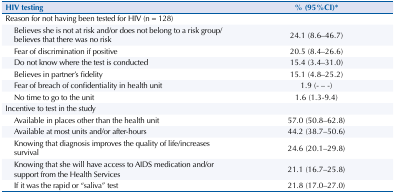
<table><thead><tr><td><b>HIV testing</b></td><td><b>% (95%CI)*</b></td></tr></thead><tbody><tr><td>Reason for not having been tested for HIV (n = 128)</td><td> </td></tr><tr><td>Believes she is not at risk and/or does not belong to a risk group/believes that there was no risk</td><td>24.1 (8.6–46.7)</td></tr><tr><td>Fear of discrimination if positive</td><td>20.5 (8.4–26.6)</td></tr><tr><td>Do not know where the test is conducted</td><td>15.4 (3.4–31.0)</td></tr><tr><td>Believes in partner’s fidelity</td><td>15.1 (4.8–25.2)</td></tr><tr><td>Fear of breach of confidentiality in health unit</td><td>1.9 (- – -)</td></tr><tr><td>No time to go to the unit</td><td>1.6 (1.3-9.4)</td></tr><tr><td>Incentive to test in the study</td><td> </td></tr><tr><td>Available in places other than the health unit</td><td>57.0 (50.8–62.8)</td></tr><tr><td>Available at most units and/or after-hours</td><td>44.2 (38.7–50.6)</td></tr><tr><td>Knowing that diagnosis improves the quality of life/increases survival</td><td>24.6 (20.1–29.8)</td></tr><tr><td>Knowing that she will have access to AIDS medication and/or support from the Health Services</td><td>21.1 (16.7–25.8)</td></tr><tr><td>If it was the rapid or “saliva” test</td><td>21.8 (17.0–27.0)</td></tr></tbody></table>